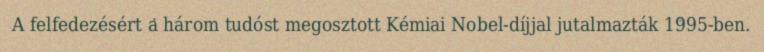
A felfedezésért a három tudóst megosztott Kémiai Nobel-díjjal jutalmazták 1995-ben.